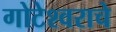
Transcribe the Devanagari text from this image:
गोटेश्वराचे